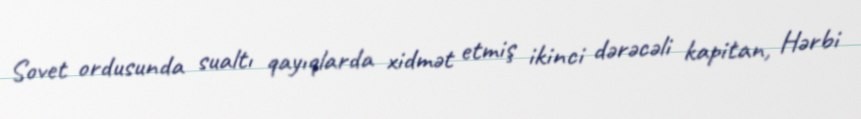
Sovet ordusunda sualtı qayıqlarda xidmət etmiş ikinci dərəcəli kapitan, Hərbi